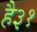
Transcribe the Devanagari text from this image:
है३१